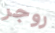
روجر